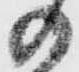
の